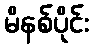
မိနစ်ပိုင်း